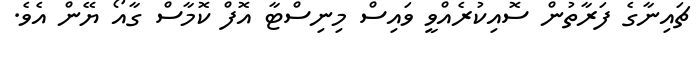
ޗައިނާގެ ފަރާތުން ސޮއިކުރެއްވީ ވައިސް މިނިސްޓާ އޮފް ކޮމާސް ގާއޯ ޔޭން އެވެ.